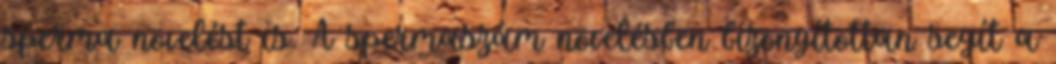
sperma növelést is. A spermaszám növelésben bizonyítottan segít a